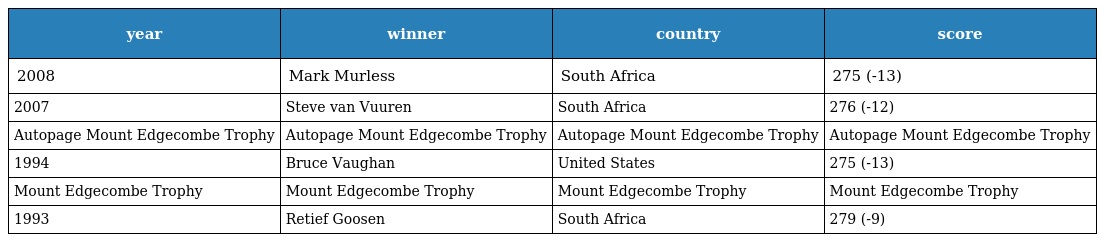
| year | winner | country | score |
 | --- | --- | --- | --- |
 | 2008 | Mark Murless | South Africa | 275 (-13) |
 | 2007 | Steve van Vuuren | South Africa | 276 (-12) |
 | Autopage Mount Edgecombe Trophy | Autopage Mount Edgecombe Trophy | Autopage Mount Edgecombe Trophy | Autopage Mount Edgecombe Trophy |
 | 1994 | Bruce Vaughan | United States | 275 (-13) |
 | Mount Edgecombe Trophy | Mount Edgecombe Trophy | Mount Edgecombe Trophy | Mount Edgecombe Trophy |
 | 1993 | Retief Goosen | South Africa | 279 (-9) |